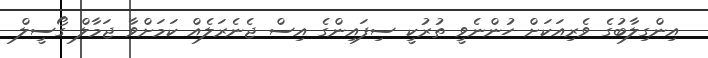
އިންގިލާބުގެ ވެރިއަކަށް ހުންނެވީ ތުރުކީ ސިފައިންގެ އިސް ޖެނެރަލެއް ކަމަށްވާ ޖަމާލް ގޯސީލް